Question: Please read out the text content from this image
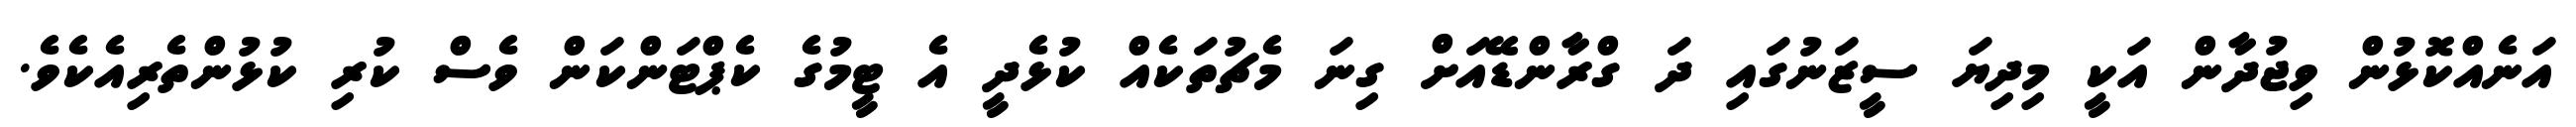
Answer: އަނެއްކޮޅުން ވިޖުދާން އަކީ މިދިޔަ ސީޒަނުގައި ދަ ގްރާންޑޭއަށް ގިނަ މެޗުތަކެއް ކުޅެދީ އެ ޓީމުގެ ކެޕްޓަންކަން ވެސް ކުރި ކުޅުންތެރިއެކެވެ.